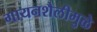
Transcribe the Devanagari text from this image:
गायनशैलीमुळे